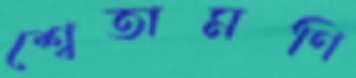
শ্বেতামণি